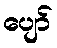
ပျော်